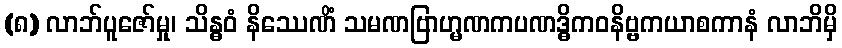
(၈) လာဘ်ပူဇော်မှု၊ သိန္ဓဝံ နိဿေဏိံ သမဏဗြာဟ္မဏကပဏဒ္ဓိကဝနိဗ္ဗကယာစကာနံ လာဘိမှိ